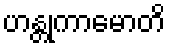
ဟန္တုကာမောတိ